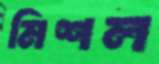
মিশল